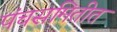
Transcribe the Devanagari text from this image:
पंचसमितीत